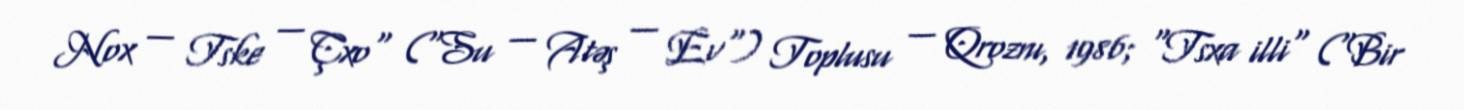
Nox — Tske — Çxo" ("Su — Atəş — Ev") Toplusu — Qroznı, 1986; "Tsxa illi" ("Bir